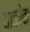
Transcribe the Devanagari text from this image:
धाकोबा